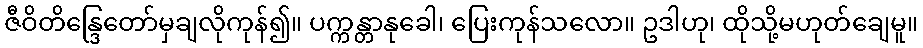
ဇီဝိတိန္ဒြေတော်မှချလိုကုန်၍။ ပက္ကန္တာနုခေါ၊ ပြေးကုန်သလော။ ဥဒါဟု၊ ထိုသို့မဟုတ်ချေမူ။